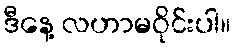
ဒီနေ့ လဟာမဝိုင်းပါ။